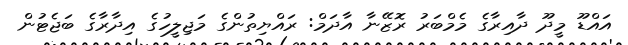
އައްޑޫ މީދޫ ދާއިރާގެ މެމްބަރު ރޮޒޭނާ އާދަމް: ރައްޔިތުންގެ މަޖިލީހުގެ އިދާރާގެ ބަޖެޓުން